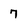
Character: 7